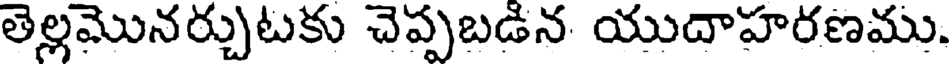
తెల్లమొనర్చుటకు చెప్పబడిన యుదాహరణము.